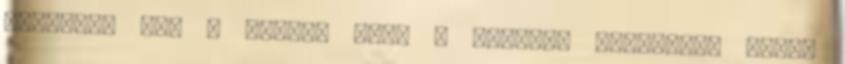
oldalát, míg a kertek felé a nyugodt szeparált arcát